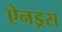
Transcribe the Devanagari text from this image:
ऐनड्रस